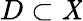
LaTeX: D\subset\mathit{X}